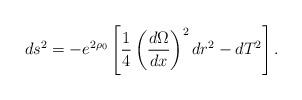
LaTeX: \begin{align*}ds^2=-e^{2\rho_0} \left[ \frac{1}{4}\left(\frac{d\Omega}{dx}\right)^2dr^2-dT^2 \right].\end{align*}